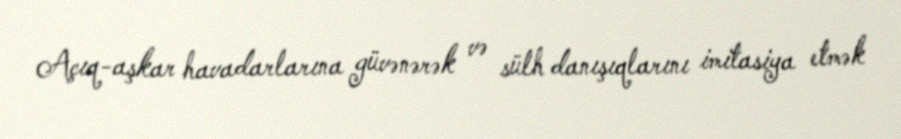
Açıq-aşkar havadarlarına güvənərək və sülh danışıqlarını imitasiya etmək